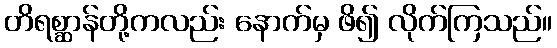
တိရစ္ဆာန်တို့ကလည်း နောက်မှ ဖိ၍ လိုက်ကြသည်။